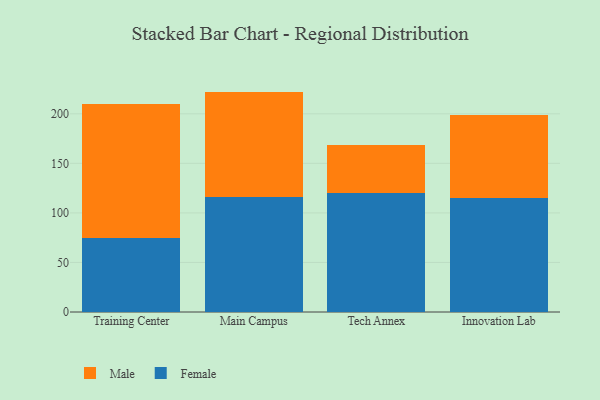
{"axis": {"x": "Campus", "y": "Humidity (%)"}, "legend": ["Female", "Male"], "data": [{"x": "Training Center", "y": 74.7, "type": "Female"}, {"x": "Training Center", "y": 135.2, "type": "Male"}, {"x": "Main Campus", "y": 115.8, "type": "Female"}, {"x": "Main Campus", "y": 106.6, "type": "Male"}, {"x": "Tech Annex", "y": 120.0, "type": "Female"}, {"x": "Tech Annex", "y": 48.7, "type": "Male"}, {"x": "Innovation Lab", "y": 115.3, "type": "Female"}, {"x": "Innovation Lab", "y": 83.3, "type": "Male"}]}